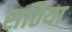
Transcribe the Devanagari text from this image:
सठिया